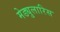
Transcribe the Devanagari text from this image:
मेड्युलारिस